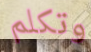
وتكلم